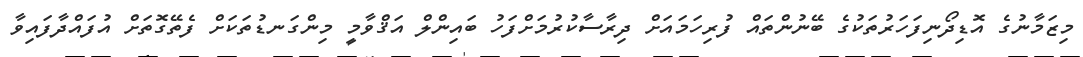
މިޒަމާނުގެ އޮޑިދޯނިފަހަރުތަކުގެ ބޭނުންތައް ފުރިހަމައަށް ދިރާސާކުރުމަށްފަހު ބައިންލް އަޤްވާމީ މިންގަނޑުތަކަށް ފެތޭގޮތަށް އުފައްދާފައިވާ